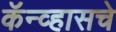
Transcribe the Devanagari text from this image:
कॅन्व्हासचे